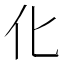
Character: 化